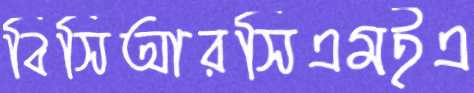
বিসিআরসিএমইএ